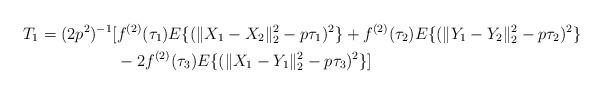
LaTeX: \begin{align*} T_{1}=(2p^{2})^{-1}[&f^{(2)}(\tau_{1})E\{(\|X_{1}-X_{2}\|_{2}^{2}-p\tau_{1})^{2}\}+f^{(2)}(\tau_{2})E\{(\|Y_{1}-Y_{2}\|_{2}^{2}-p\tau_{2})^{2}\} \\&-2f^{(2)}(\tau_{3})E\{(\|X_{1}-Y_{1}\|_{2}^{2}-p\tau_{3})^{2}\}]\end{align*}